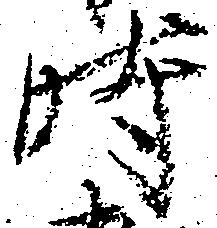
時